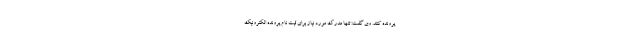
پرونده کنند. وی گفت: تنها مدرک مورد نیاز برای ثبت نام پرونده الکترونیک